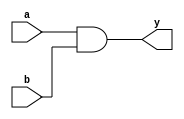
`timescale 1ns / 1ps
//////////////////////////////////////////////////////////////////////////////////
// Company: 
// Engineer: 
// 
// Design Name: 
// Module Name:    AND_gate 
// Project Name: 
// Target Devices: 
// Tool versions: 
// Description: 
//
// Dependencies: 
//
// Revision: 
// Revision 0.01 - File Created
// Additional Comments: 
//
//////////////////////////////////////////////////////////////////////////////////
module AND_gate(a,b,y);
input a,b;
output y;

assign y=a&b;



endmodule